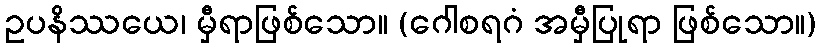
ဥပနိဿယေ၊ မှီရာဖြစ်သော။ (ဂေါစရဂံ အမှီပြုရာ ဖြစ်သော။)